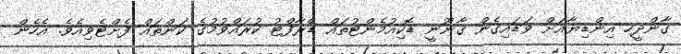
ގާންދީހ އިންޑިޔާއަށް ވަޑައިގެން ޤާނޫނީ ޑޮކިއުމެންޓުތައް ޑްރާފްޓު ކުރައްވުމުގެ ކަންތައް ފެށްޓެވިއެވެ. އެހެން